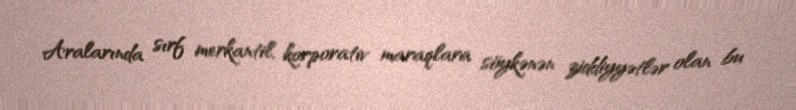
Aralarında sırf merkantil, korporativ maraqlara söykənən ziddiyyətlər olan bu